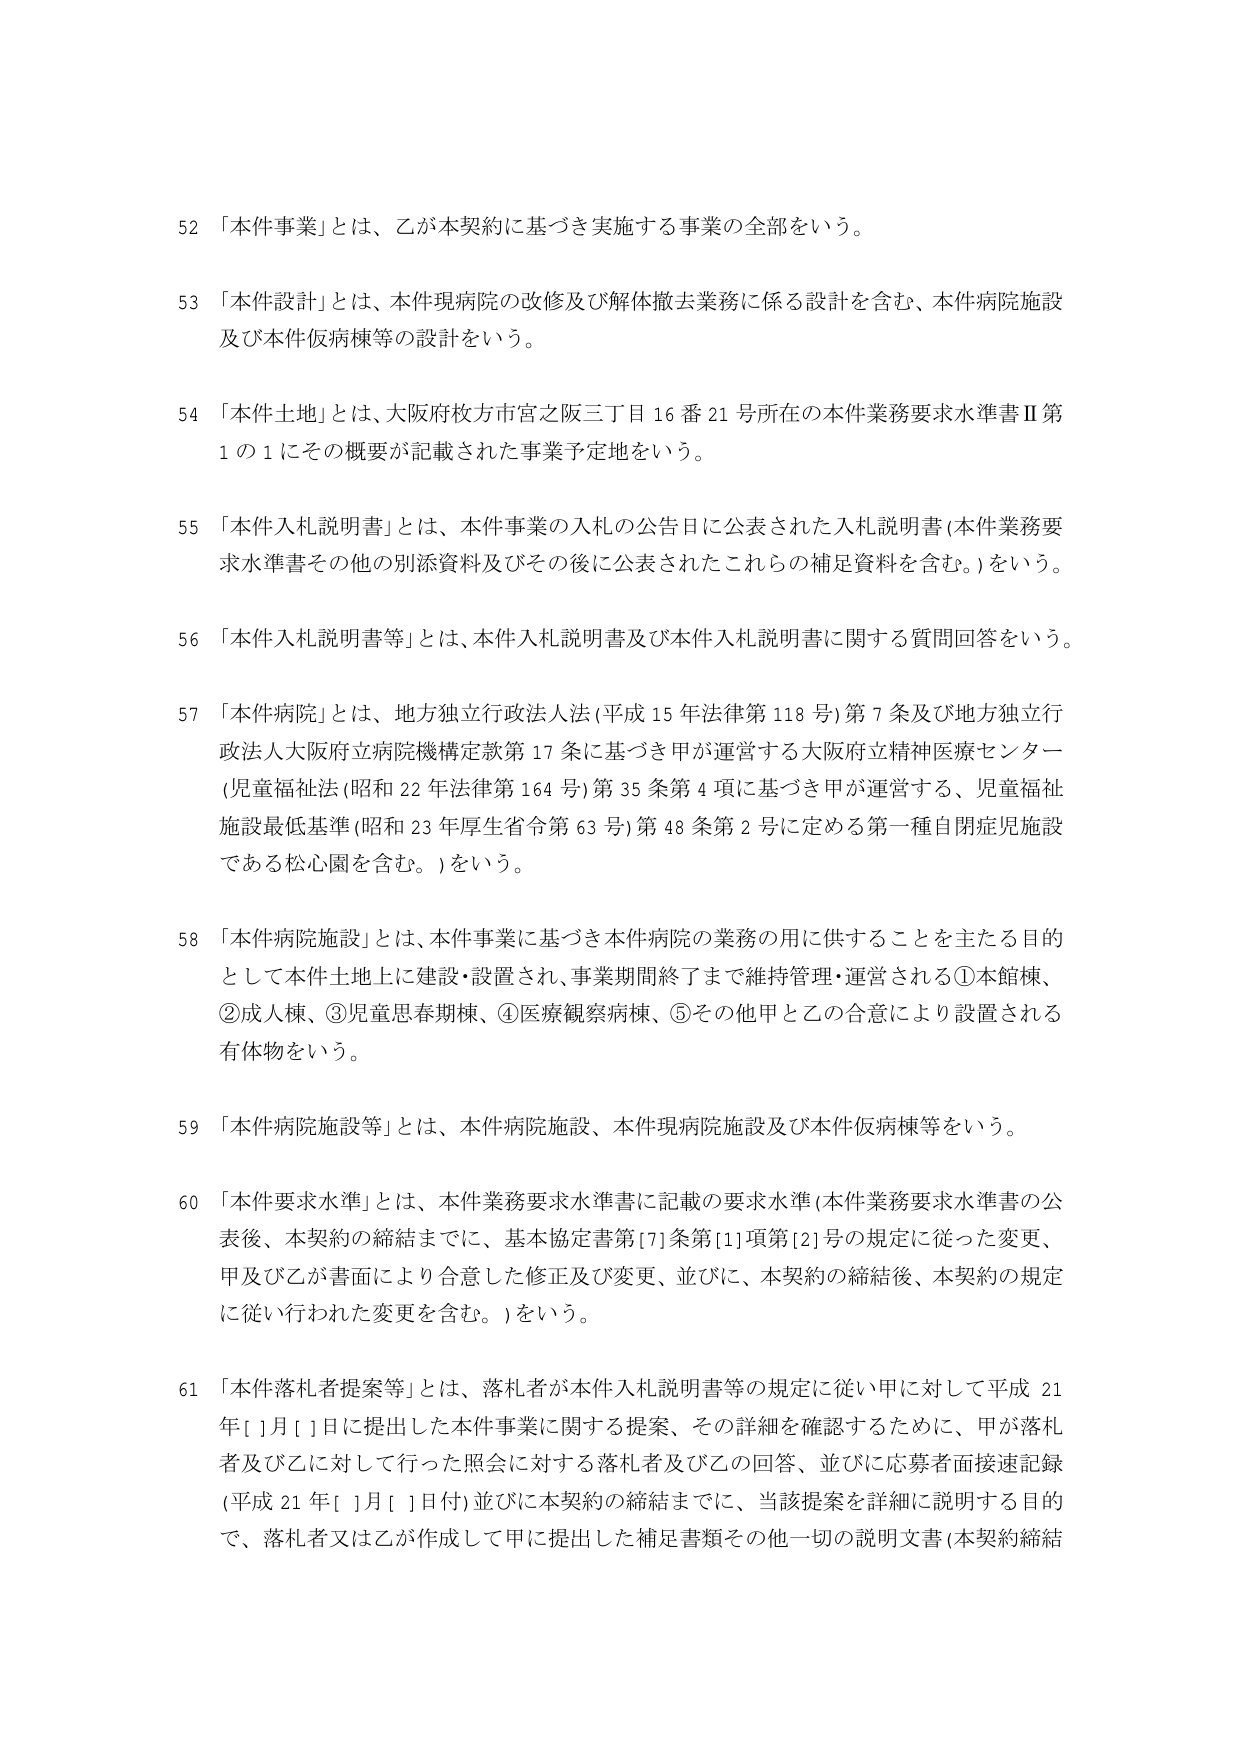
52 「本件事業」とは、乙が本契約に基づき実施する事業の全部をいう。

53 「本件設計」とは、本件現病院の改修及び解体撤去業務に係る設計を含む、本件病院施設及び本件仮病棟等の設計をいう。

54 「本件土地」とは、大阪府枚方市宮之阪三丁目16番21号所在の本件業務要求水準書Ⅱ第1の1にその概要が記載された事業予定地をいう。

55 「本件入札説明書」とは、本件事業の入札の公告日に公表された入札説明書（本件業務要求水準書その他の別添資料及びその後に公表されたこれらの補足資料を含む。）をいう。

56 「本件入札説明書等」とは、本件入札説明書及び本件入札説明書に関する質問回答をいう。

57 「本件病院」とは、地方独立行政法人法（平成15年法律第118号）第7条及び地方独立行政法人大阪府立病院機構定款第17条に基づき甲が運営する大阪府立精神医療センター（児童福祉法（昭和22年法律第164号）第35条第4項に基づき甲が運営する、児童福祉施設最低基準（昭和23年厚生省令第63号）第48条第2号に定める第一種自閉症児施設である松心園を含む。）をいう。

58 「本件病院施設」とは、本件事業に基づき本件病院の業務の用に供することを主たる目的として本件土地上に建設・設置され、事業期間終了まで維持管理・運営される①本館棟、②成人棟、③児童思春期棟、④医療観察病棟、⑤その他甲と乙の合意により設置される有体物をいう。

59 「本件病院施設等」とは、本件病院施設、本件現病院施設及び本件仮病棟等をいう。

60 「本件要求水準」とは、本件業務要求水準書に記載の要求水準（本件業務要求水準書の公表後、本契約の締結までに、基本協定書第[7]条第[1]項第[2]号の規定に従った変更、甲及び乙が書面により合意した修正及び変更、並びに、本契約の締結後、本契約の規定に従い行われた変更を含む。）をいう。

61 「本件落札者提案等」とは、落札者が本件入札説明書等の規定に従い甲に対して平成21年[ ]月[ ]日に提出した本件事業に関する提案、その詳細を確認するために、甲が落札者及び乙に対して行った照会に対する落札者及び乙の回答、並びに応募者面接速記録（平成21年[ ]月[ ]日付）並びに本契約の締結までに、当該提案を詳細に説明する目的で、落札者又は乙が作成して甲に提出した補足書類その他一切の説明文書（本契約締結